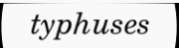
typhuses